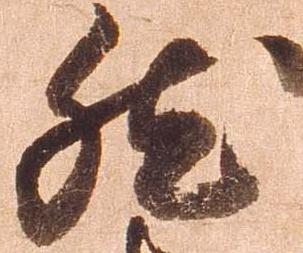
然